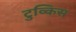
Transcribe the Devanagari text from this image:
टुव्किस